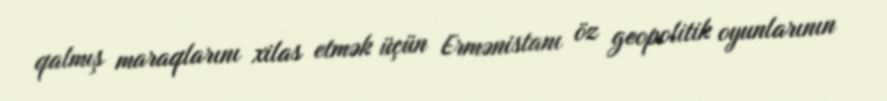
qalmış maraqlarını xilas etmək üçün Ermənistanı öz geopolitik oyunlarının